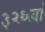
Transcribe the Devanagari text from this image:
३२६वां